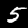
Label: 5